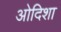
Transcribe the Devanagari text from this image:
ओदिशा